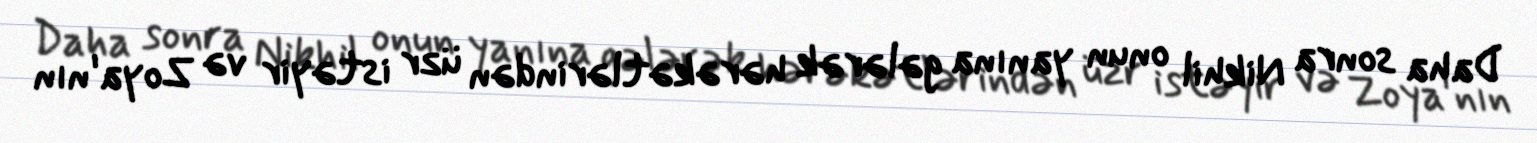
Daha sonra Nikhil onun yanına gələrək hərəkətlərindən üzr istəyir və Zoya'nın